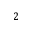
2